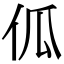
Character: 𠇗